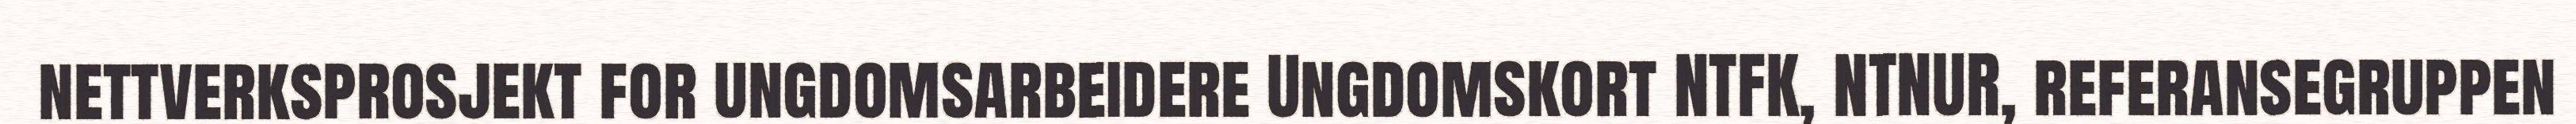
nettverksprosjekt for ungdomsarbeidere Ungdomskort NTFK, NTNUR, referansegruppen